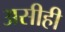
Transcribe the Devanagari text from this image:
असीही